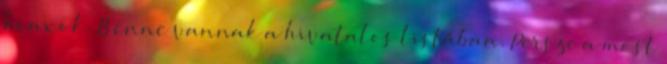
hoaxok. Benne vannak a hivatalos listában. Persze a most